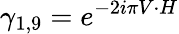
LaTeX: \gamma_{1,9}=e^{-2i\pi V\cdot H}